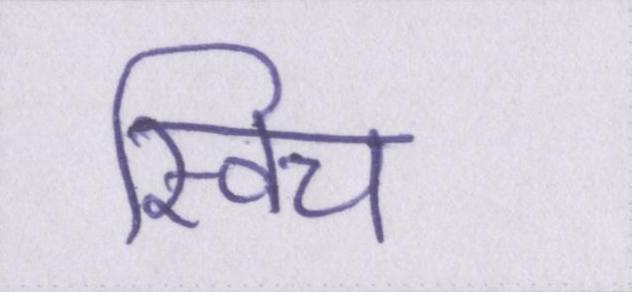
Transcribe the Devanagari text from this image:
स्विच